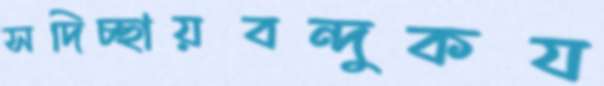
সদিচ্ছায়বন্দুকয